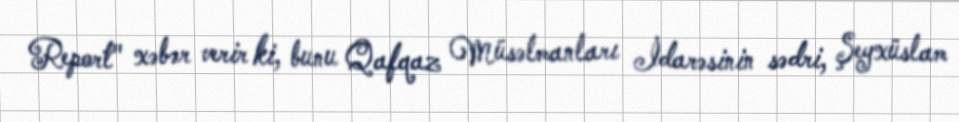
Report" xəbər verir ki, bunu Qafqaz Müsəlmanları İdarəsinin sədri, Şeyxüslam